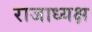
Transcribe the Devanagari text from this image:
राजाध्‍यक्ष